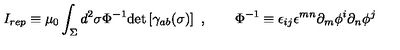
I _ { r e p } \equiv \mu _ { 0 } \int _ { \Sigma } d ^ { 2 } \sigma \Phi ^ { - 1 } \mathrm { d e t } \left[ \gamma _ { a b } ( \sigma ) \right] \ , \qquad \Phi ^ { - 1 } \equiv \epsilon _ { i j } \epsilon ^ { m n } \partial _ { m } \phi ^ { i } \partial _ { n } \phi ^ { j }